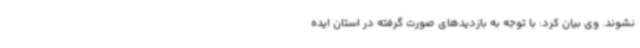
نشوند. وی بیان کرد: با توجه به بازدیدهای صورت گرفته در استان ایده